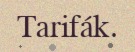
Tarifák.